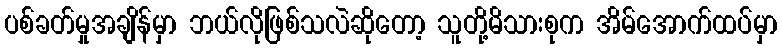
ပစ်ခတ်မှုအချိန်မှာ ဘယ်လိုဖြစ်သလဲဆိုတော့ သူတို့မိသားစုက အိမ်အောက်ထပ်မှာ